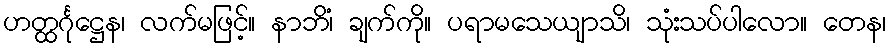
ဟတ္ထင်္ဂုဋ္ဌေန၊ လက်မဖြင့်။ နာဘိံ၊ ချက်ကို။ ပရာမသေယျာသိ၊ သုံးသပ်ပါလော။ တေန၊